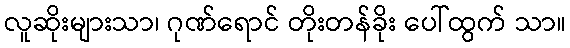
လူဆိုးများသာ၊ ဂုဏ်ရောင် တိုးတန်ခိုး ပေါ်ထွက် သာ။